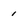
Character: 1